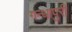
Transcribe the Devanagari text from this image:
गन्धापुरी